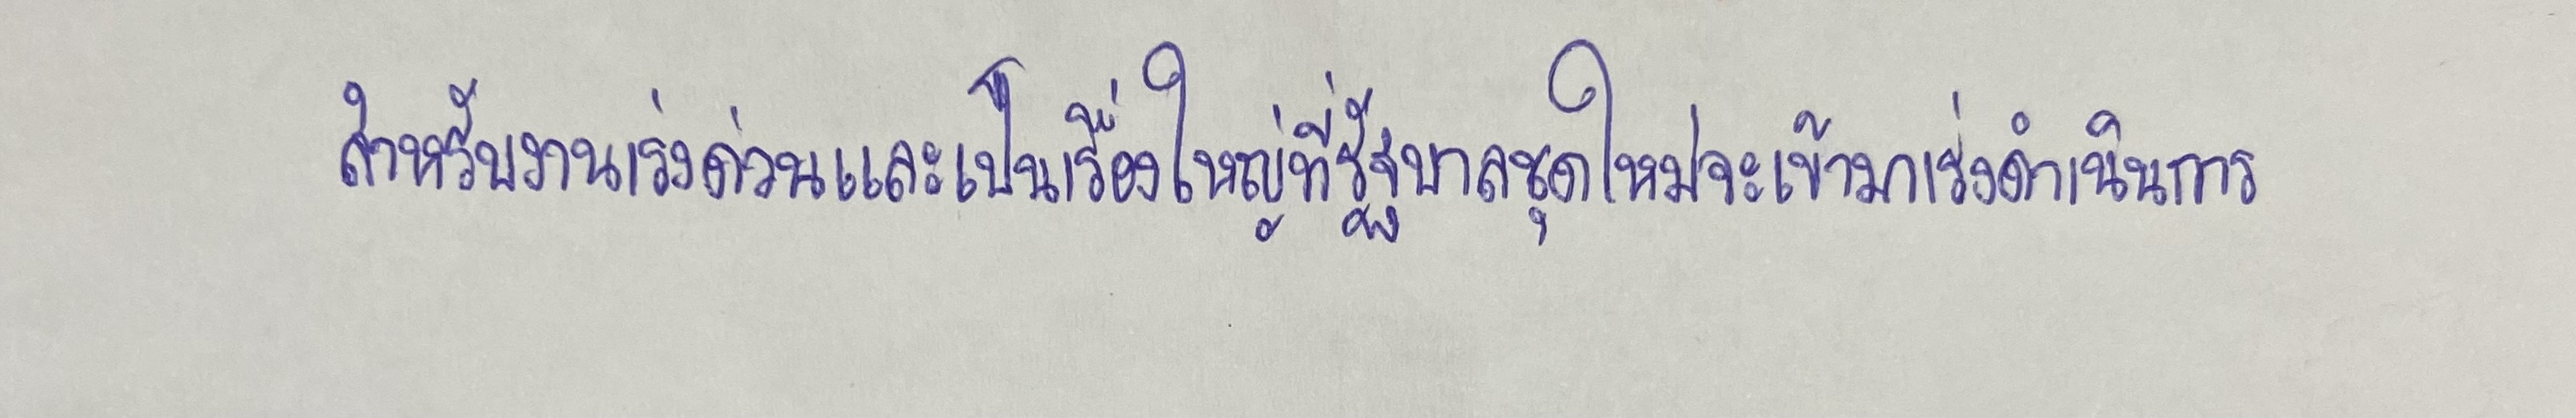
สำหรับงานเร่งด่วนและเป็นเรื่องใหญ่ที่รัฐบาลชุดใหม่จะเข้ามาเร่งดำเนินการ